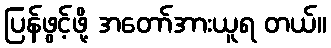
ပြန်ဖွင့်ဖို့ အတော်အားယူရ တယ်။